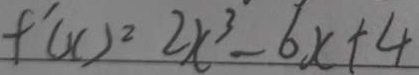
f ^ { \prime } ( x ) ^ { 2 } 2 x ^ { 3 } - 6 x + 4